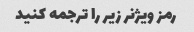
رمز ویژنر زیر را ترجمه کنید